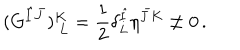
( G ^ { \hat { I } \bar { J } } ) _ { ~ L } ^ { K } = { \frac { 1 } { 2 } } \delta _ { L } ^ { \hat { I } } \eta ^ { \bar { J } K } \neq 0 \, .